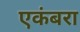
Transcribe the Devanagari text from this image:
एकंबरा